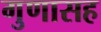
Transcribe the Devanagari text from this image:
गुणासह